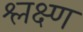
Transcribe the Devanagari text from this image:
श्लक्ष्ण